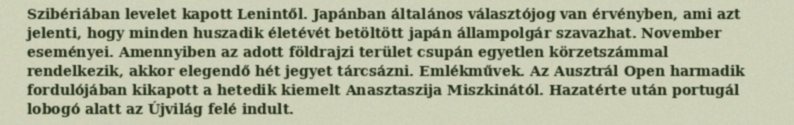
Szibériában levelet kapott Lenintől. Japánban általános választójog van érvényben, ami azt jelenti, hogy minden huszadik életévét betöltött japán állampolgár szavazhat. November eseményei. Amennyiben az adott földrajzi terület csupán egyetlen körzetszámmal rendelkezik, akkor elegendő hét jegyet tárcsázni. Emlékművek. Az Ausztrál Open harmadik fordulójában kikapott a hetedik kiemelt Anasztaszija Miszkinától. Hazatérte után portugál lobogó alatt az Újvilág felé indult.